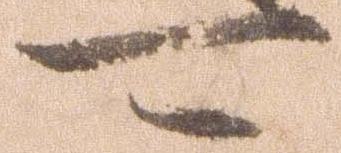
可